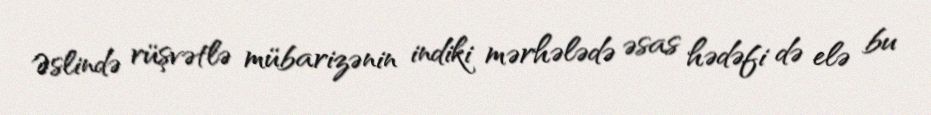
Əslində rüşvətlə mübarizənin indiki mərhələdə əsas hədəfi də elə bu